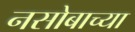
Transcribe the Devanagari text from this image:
नसोबाच्या